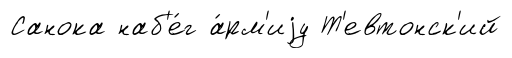
Санока наб'е́г а́рм'иjу Т'евтонск'ий